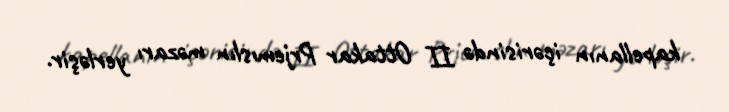
kapellanın içərisində II Ottakar Prjemıslın məzarı yerləşir.